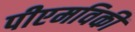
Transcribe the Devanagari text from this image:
पीएमविकी